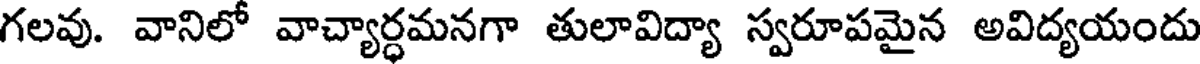
గలవు. వానిలో వాచ్యార్ధమనగా తులావిద్యా స్వరూపమైన అవిద్యయందు